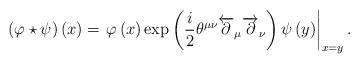
LaTeX: \begin{align*}\left( \varphi \star \psi \right) \left( x\right) =\left. \varphi \left(x\right) \exp\left(\frac{i}{2}\theta^{\mu \nu} \overleftarrow{\partial}_\mu \overrightarrow{\partial}_\nu\right) \psi \left( y\right) \right| _{x=y}.\end{align*}